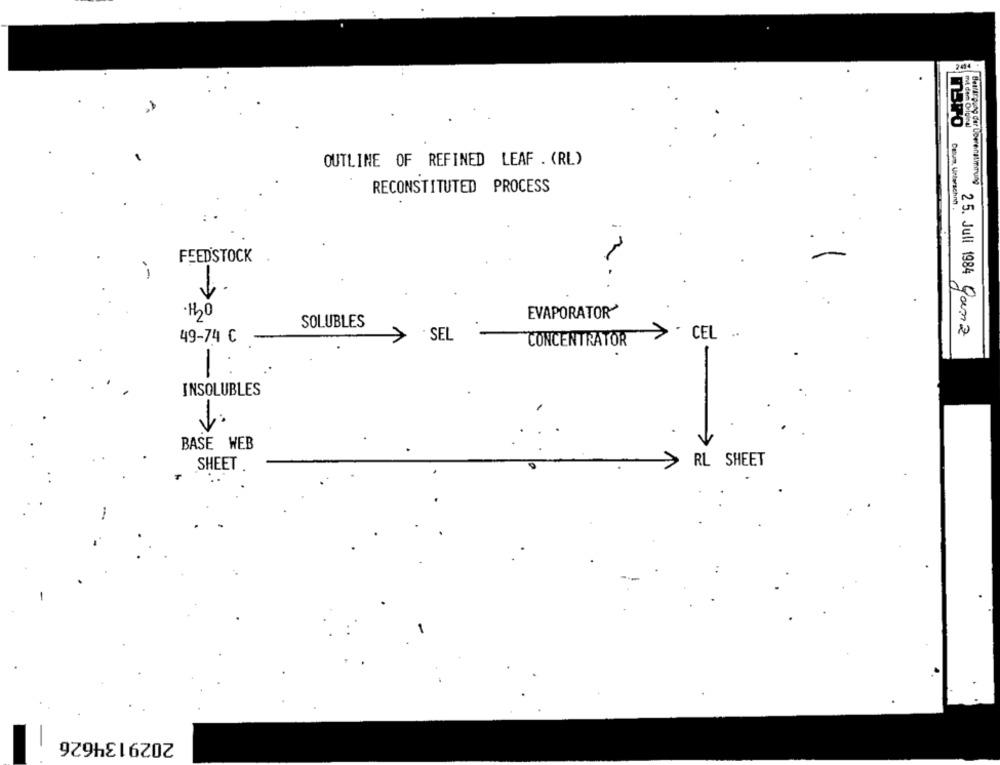
2414 .
mit dem Original
OUTLINE OF REFINED LEAF . (RL)
Bestårpung der Loerenatmirung
RECONSTITUTED PROCESS
Cutum, Urterschnh .
FEEDSTOCK
H2O
EVAPORATOR
SOLUBLES
>
SEL
CEL ..
25. Juli 1984 Ganz
49-74 C
CONCENTRATOR
INSOLUBLES
-
BASE WEB
SHEET
>
RL SHEET
2029134626